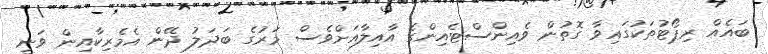
ބައެއް ރިޕޯޓުތަކުގައިވާ ގޮތުން ވެއިންސްޓެއިންގެ އާއިލާއަށްވެސް މަރުގެ ބަދަލު ދޭން އެމެރިކާއިން ވަނީ